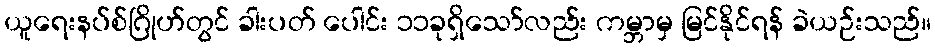
ယူရေးနပ်စ်ဂြိုဟ်တွင် ခါးပတ် ပေါင်း ၁၁ခုရှိသော်လည်း ကမ္ဘာမှ မြင်နိုင်ရန် ခဲယဉ်းသည်။